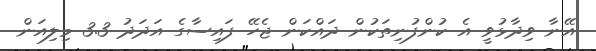
އޭނާ ވިދާޅުވީ އެ ކުންފުނިތަކުން ދައްކަން ޖެހޭ ފައިސާގެ އަދަދު 3.3 މިލިއަން